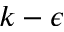
k - \epsilon